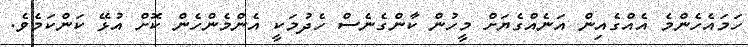
ހަމައެހެންމެ އެއްގެއިން އަނެއްގެޔަށް މީހުން ކާންގެނެސް ހެދުމަކީ އެންމެންހެން ކޮށް އުޅޭ ކަންކަމެވެ.